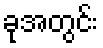
ခုအတွင်း